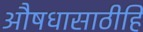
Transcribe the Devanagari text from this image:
औषधासाठीहि